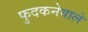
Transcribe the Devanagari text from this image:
फुदकनेवाले